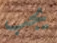
يجب